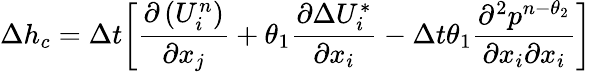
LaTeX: \Delta{{h}_{c}}=\Delta t{{\left[\frac{\partial\left(U_{i}^{n}\right)}{\partial{{x}_{j}}}+{{\theta}_{1}}\frac{\partial\Delta U_{i}^{*}}{\partial{{x}_{i}}}-\Delta t{{\theta}_{1}}\frac{{{\partial}^{2}}{{p}^{n-{{\theta}_{2}}}}}{\partial{{x}_{i}}\partial{{x}_{i}}}\right]}}